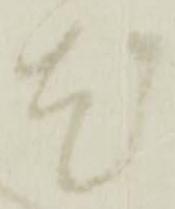
尤